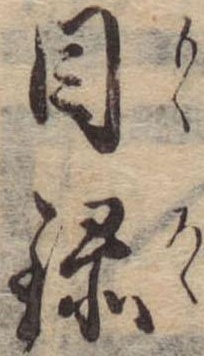
目録